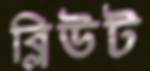
ব্লিউট